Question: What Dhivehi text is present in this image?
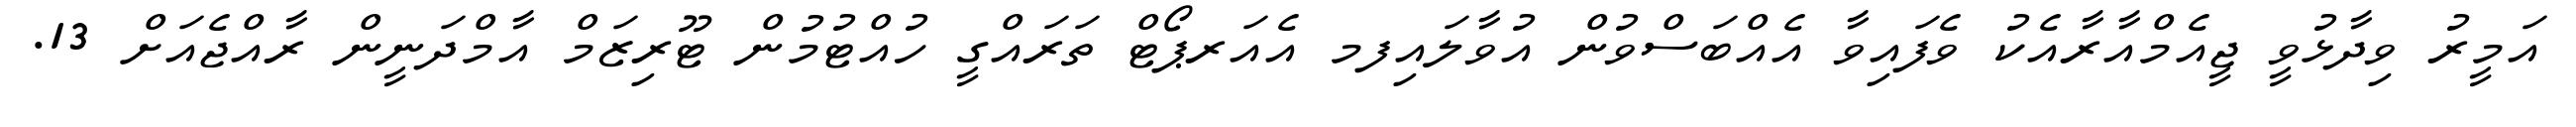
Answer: އަމީރު ވިދާޅުވީ ޖީއެމްއާރާއެކު ވެފައިވާ އެއްބަސްވުން އުވާލައިފމ އެއަރޕޯޓް ތަރައްގީ ހުއްޓުމުން ޓޫރިޒަމް އާމްދަނީން ރާއްޖެއަށް 13.